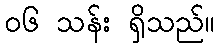
၀၆ သန်း ရှိသည်။